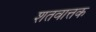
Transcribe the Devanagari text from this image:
शतवात्तक